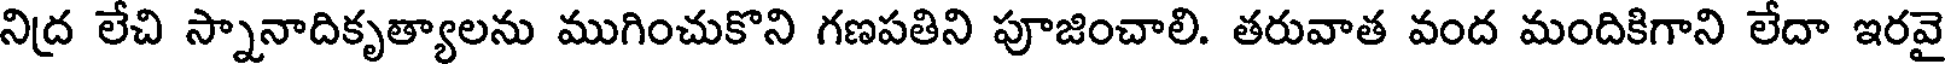
నిద్ర లేచి స్నానాదికృత్యాలను ముగించుకొని గణపతిని పూజించాలి. తరువాత వంద మందికిగాని లేదా ఇరవై